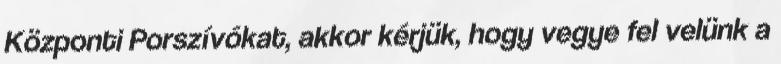
Központi Porszívókat, akkor kérjük, hogy vegye fel velünk a